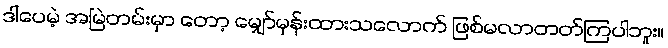
ဒါပေမဲ့ အမြဲတမ်းမှာ တော့ မျှော်မှန်းထားသလောက် ဖြစ်မလာတတ်ကြပါဘူး။